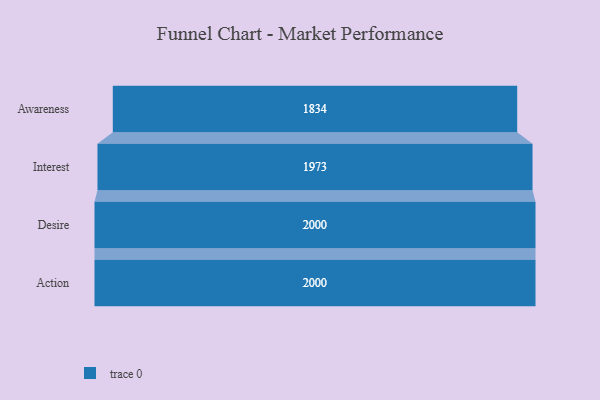
{"axis": {"x": "Stage", "y": "Value"}, "legend": [""], "data": [{"x": "Awareness", "y": 1834.0, "type": ""}, {"x": "Interest", "y": 1973.0, "type": ""}, {"x": "Desire", "y": 2000, "type": ""}, {"x": "Action", "y": 2000, "type": ""}]}